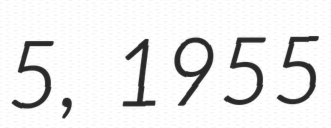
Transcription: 5, 1955